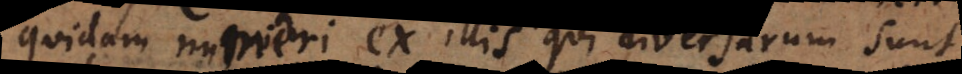
quidam numeri ex illis qui diversarum sunt